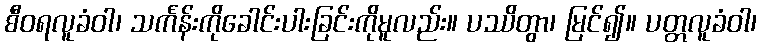
စီဝရလူခံဝါ၊ သင်္ကန်းကိုခေါင်းပါးခြင်းကိုမူလည်း။ ပဿိတွာ၊ မြင်၍။ ပတ္တလူခံဝါ၊